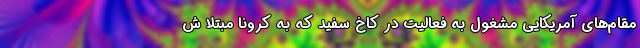
مقام‌های آمریکایی مشغول به فعالیت در کاخ سفید که به کرونا مبتلا ش